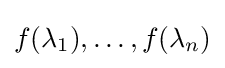
f(\lambda _{1}),\dots ,f(\lambda _{n})